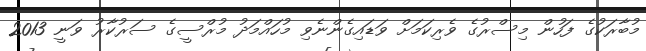
މުބާރަކުގެ ފަހުން މިސްރުގެ ވެރިކަމަށް ވަޑައިގެންނެވި މުހައްމަދު މުރްސީގެ ސަރުކާރު ވަނީ 2013